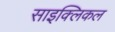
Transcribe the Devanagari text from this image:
साइक्लिकल